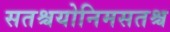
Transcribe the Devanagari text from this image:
सतश्चयोनिमसतश्च